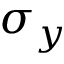
\sigma _ { y }